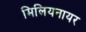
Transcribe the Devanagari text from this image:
मिलियनायर